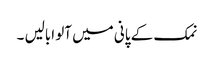
نمک کے پانی میں آلو ابالیں ۔